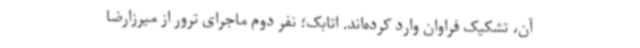
آن، تشکیک فراوان وارد کرده‌اند. اتابک؛ نفر دوم ماجرای ترور از میرزارضا